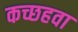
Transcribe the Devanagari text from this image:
कच्छहवा